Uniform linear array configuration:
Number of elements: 24
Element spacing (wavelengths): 0.25
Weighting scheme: cosine
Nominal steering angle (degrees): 60
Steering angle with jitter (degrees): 59.258
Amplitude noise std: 0.05
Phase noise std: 0.05

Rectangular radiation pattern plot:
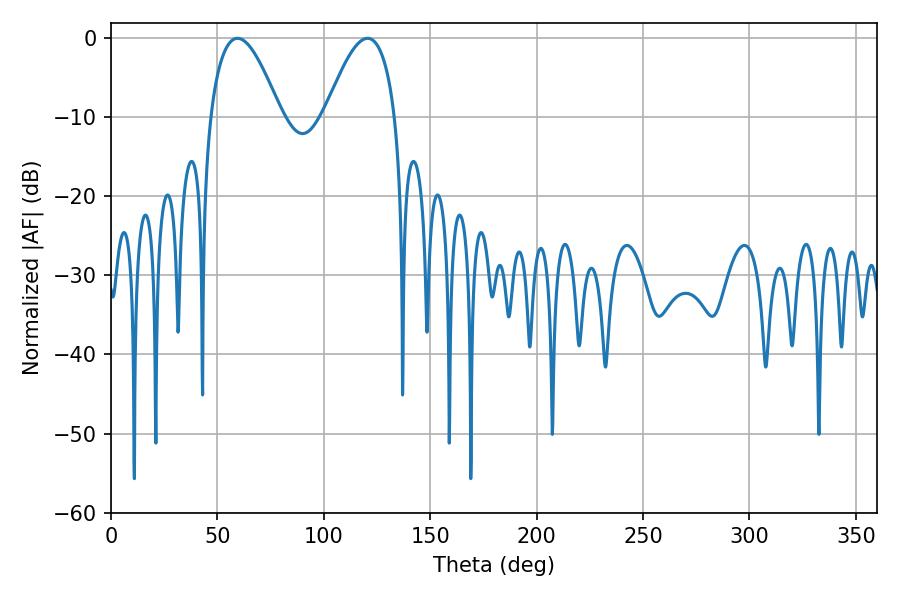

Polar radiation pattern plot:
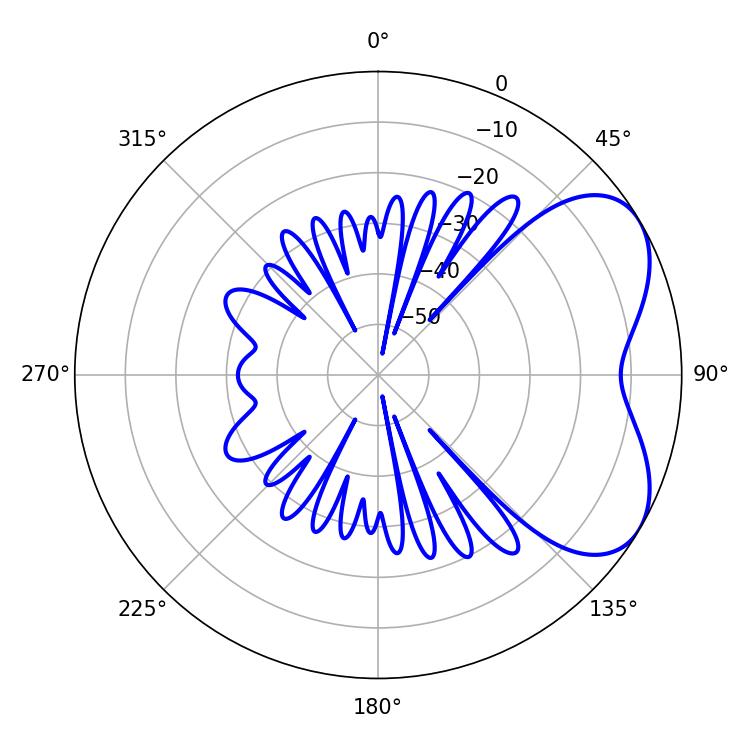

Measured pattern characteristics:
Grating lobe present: FALSE
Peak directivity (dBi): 5.149
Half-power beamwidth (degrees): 18
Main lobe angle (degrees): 59.4